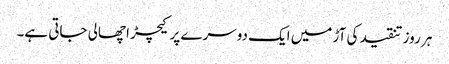
ہر روز تنقید کی آڑ میں ایک دوسرے پر کیچڑ اچھالی جاتی ہے۔